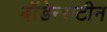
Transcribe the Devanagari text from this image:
बॉडेन्सटीन